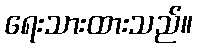
ရေးသားထားသည်။